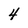
Character: 4